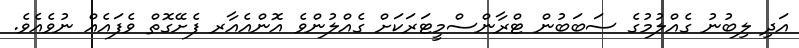
އަދި ލިބުނު ގެއްލުމުގެ ސަބަބުން ޓްރާންސްމީޓަރަކަށް ގެއްލުންވެ އޮންއެއާރ ފެށޭގޮތް ވެފައެއް ނުވެއެވެ.